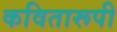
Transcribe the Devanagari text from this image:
कवितारूपी